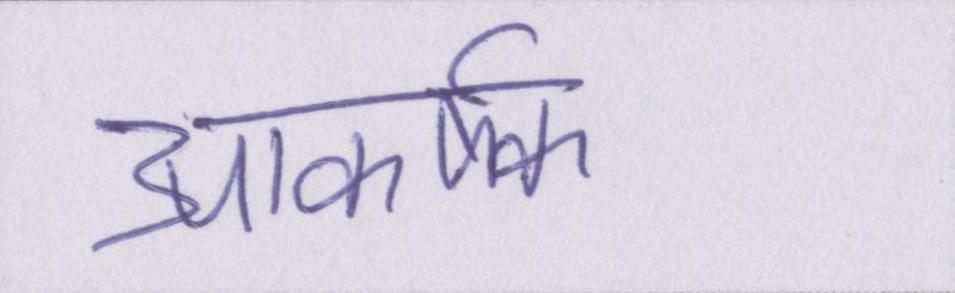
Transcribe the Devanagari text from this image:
आकर्षक